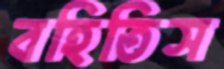
বহিতিস